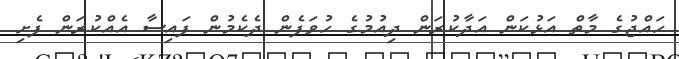
ހައްޖުގެ މާތް އަޅުކަން އަދާކުރަން ދިއުމުގެ ހުވަފެން ދެކެމުން ފައިސާ އެއްކުރަން ފެށި